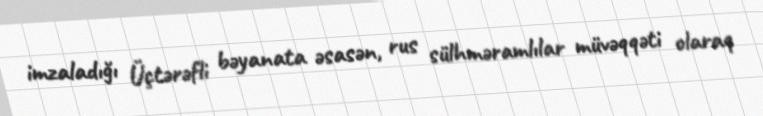
imzaladığı Üçtərəfli bəyanata əsasən, rus sülhməramlılar müvəqqəti olaraq